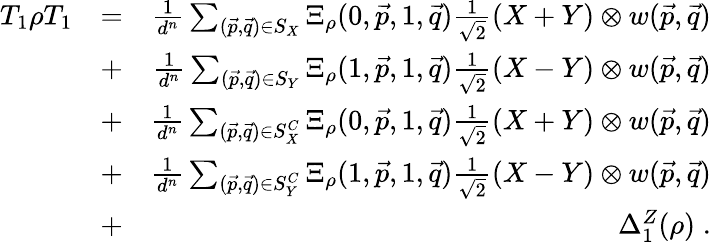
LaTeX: \begin{array}{rlr}{T_{1}\rho T_{1}}&{=}&{\frac{1}{d^{n}}\sum_{(\vec{p},\vec{q})\in S_{X}}\Xi_{\rho}(0,\vec{p},1,\vec{q})\frac{1}{\sqrt{2}}(X+Y)\otimes w(\vec{p},\vec{q})}\\ &{+}&{\frac{1}{d^{n}}\sum_{(\vec{p},\vec{q})\in S_{Y}}\Xi_{\rho}(1,\vec{p},1,\vec{q})\frac{1}{\sqrt{2}}(X-Y)\otimes w(\vec{p},\vec{q})}\\ &{+}&{\frac{1}{d^{n}}\sum_{(\vec{p},\vec{q})\in S_{X}^{C}}\Xi_{\rho}(0,\vec{p},1,\vec{q})\frac{1}{\sqrt{2}}(X+Y)\otimes w(\vec{p},\vec{q})}\\ &{+}&{\frac{1}{d^{n}}\sum_{(\vec{p},\vec{q})\in S_{Y}^{C}}\Xi_{\rho}(1,\vec{p},1,\vec{q})\frac{1}{\sqrt{2}}(X-Y)\otimes w(\vec{p},\vec{q})}\\ &{+}&{\Delta_{1}^{Z}(\rho)\; .}\end{array}